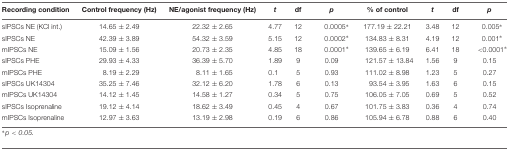
| Recording condition | Control frequency (Hz) | NE/agonist frequency (Hz) | t | df | p | % of control | t | df | p |
 | --- | --- | --- | --- | --- | --- | --- | --- | --- | --- |
 | sIPSCs NE (KCl int.) | 14.65 ± 2.49 | 22.32 ± 2.65 | 4.77 | 12 | 0.0005∗ | 177.19 ± 22.21 | 3.48 | 12 | 0.005∗ |
 | sIPSCs NE | 42.39 ± 3.89 | 54.32 ± 3.59 | 5.15 | 12 | 0.0002∗ | 134.83 ± 8.31 | 4.19 | 12 | 0.001∗ |
 | mIPSCs NE | 15.09 ± 1.56 | 20.73 ± 2.35 | 4.85 | 18 | 0.0001∗ | 139.65 ± 6.19 | 6.41 | 18 | <0.0001∗ |
 | sIPSCs PHE | 29.93 ± 4.33 | 36.39 ± 5.70 | 1.89 | 9 | 0.09 | 121.57 ± 13.84 | 1.56 | 9 | 0.15 |
 | mIPSCs PHE | 8.19 ± 2.29 | 8.11 ± 1.65 | 0.1 | 5 | 0.93 | 111.02 ± 8.98 | 1.23 | 5 | 0.27 |
 | sIPSCs UK14304 | 35.25 ± 7.46 | 32.12 ± 6.20 | 1.78 | 6 | 0.13 | 93.54 ± 3.95 | 1.63 | 6 | 0.15 |
 | mIPSCs UK14304 | 14.12 ± 1.45 | 14.58 ± 1.27 | 0.34 | 5 | 0.75 | 106.05 ± 7.05 | 0.69 | 5 | 0.52 |
 | sIPSCs Isoprenaline | 19.12 ± 4.14 | 18.62 ± 3.49 | 0.45 | 4 | 0.67 | 101.75 ± 3.83 | 0.36 | 4 | 0.74 |
 | mIPSCs Isoprenaline | 12.97 ± 3.63 | 13.19 ± 2.98 | 0.19 | 6 | 0.86 | 105.94 ± 6.78 | 0.88 | 6 | 0.40 |